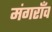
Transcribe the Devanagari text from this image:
मंगराँव